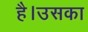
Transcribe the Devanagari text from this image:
है।उसका